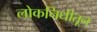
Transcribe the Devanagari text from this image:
लोकनिधीतून